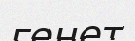
генет